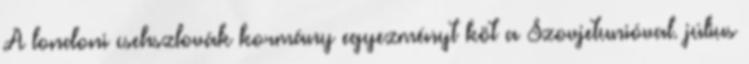
A londoni csehszlovák kormány egyezményt köt a Szovjetunióval. július